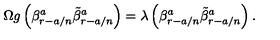
\Omega g \left( \beta _ { r - a / n } ^ { a } \tilde { \beta } _ { r - a / n } ^ { a } \right) = \lambda \left( \beta _ { r - a / n } ^ { a } \tilde { \beta } _ { r - a / n } ^ { a } \right) .